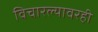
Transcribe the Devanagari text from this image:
विचारल्यावरही